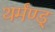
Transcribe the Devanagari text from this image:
थर्मंण्ड्